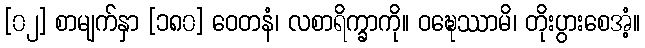
[၀၂] စာမျက်နှာ [၁၈၀] ဝေတနံ၊ လစာရိက္ခာကို။ ဝဍ္ဎေဿာမိ၊ တိုးပွားစေအံ့။